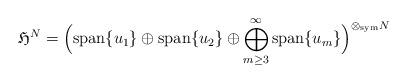
LaTeX: \begin{align*}\mathfrak{H}^N=\;&\Big(\mathrm{span}\{u_1\}\oplus\mathrm{span}\{u_2\}\oplus\bigoplus_{m\ge3}^\infty \mathrm{span}\{ u_m\}\Big)^{\otimes_{\mathrm{sym}} N}\end{align*}